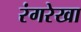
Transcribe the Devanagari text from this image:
रंगरेखा